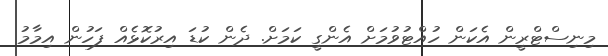
މިނިސްޓްރީން އެކަން ހުއްޓުވުމަށް އެންގީ ކަމަށް. ދެން ކުޑަ އިރުކޮޅެއް ފަހުން އިމާމު